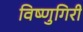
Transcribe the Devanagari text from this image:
विष्णुगिरी